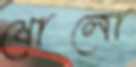
ষোলো